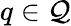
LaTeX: q\in{\cal Q}